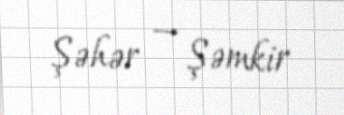
Şəhər — Şəmkir